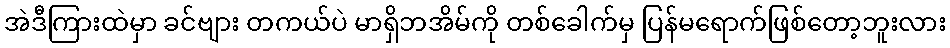
အဲဒီကြားထဲမှာ ခင်ဗျား တကယ်ပဲ မာရှိဘအိမ်ကို တစ်ခေါက်မှ ပြန်မရောက်ဖြစ်တော့ဘူးလား